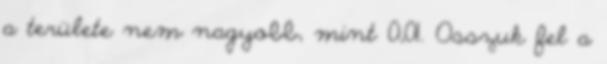
a területe nem nagyobb, mint 0,01. Osszuk fel a